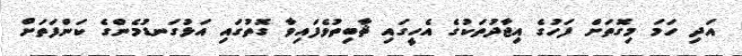
އަދި ހަމަ މިގޮތަށް ފަހުގެ އިޖާދުތަކުގެ އެހީގައި ޘާބިތުވެފައިވާ ގޮތުގައި އަޅުގަނޑުމެންގެ ކަންފަތަށް